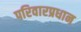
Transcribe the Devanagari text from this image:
परिवारप्रधान